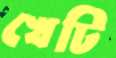
খেটি